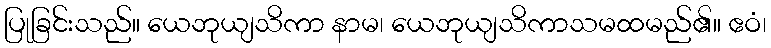
ပြုခြင်းသည်။ ယေဘုယျသိကာ နာမ၊ ယေဘုယျသိကာသမထမည်၏။ ဧဝံ၊